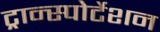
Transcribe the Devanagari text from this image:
ट्रान्स्पोर्टेशन